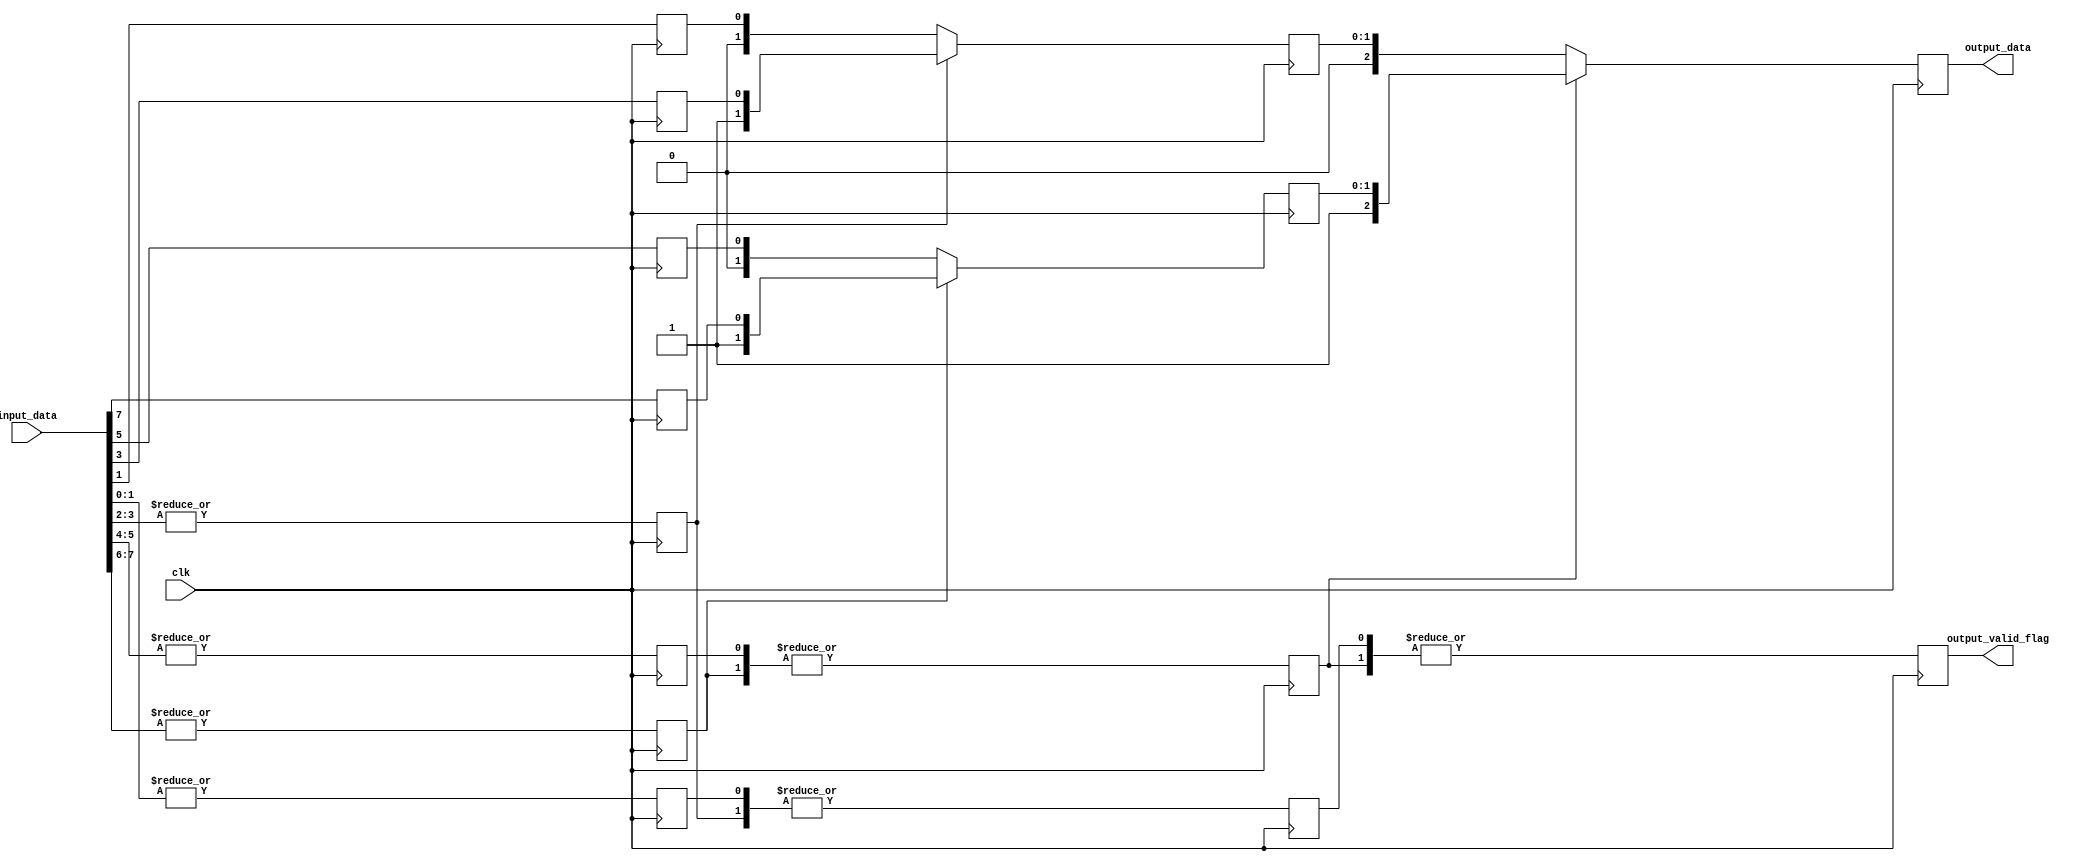
module high_bit_search (
    input clk,
    input wire [INPUT_WIDTH-1:0] input_data,
    output wire output_valid_flag,
    output wire [OUTPUT_WIDTH-1:0] output_data
);

parameter INPUT_WIDTH = 8;

localparam OUTPUT_WIDTH = $clog2(INPUT_WIDTH);
localparam LEVELS = INPUT_WIDTH > 2 ? OUTPUT_WIDTH : 1;
localparam WIDTH_PADDED = 2**LEVELS;

reg [WIDTH_PADDED/2-1:0] valid_pair[LEVELS-1:0];
reg [WIDTH_PADDED/2-1:0] high_value[LEVELS-1:0];

integer i;
initial 
begin
    for (i = 0; i < LEVELS-1; i = i + 1)
        begin
            valid_pair[i] = 0;
            high_value[i] = 0;
        end
end

generate
    genvar curr_level, bit_num;

    for (bit_num = 0; bit_num < WIDTH_PADDED/2; bit_num = bit_num + 1)
    begin : loop_in
        always @(posedge clk )
        begin
            valid_pair[0][bit_num] <= |input_data[bit_num*2+1:bit_num*2];
            high_value[0][bit_num] <= input_data[bit_num*2+1];
        end
    end

    for (curr_level = 1; curr_level < LEVELS; curr_level = curr_level + 1) 
    begin : loop_levels
        for (bit_num = 0; bit_num < WIDTH_PADDED/(2*2**curr_level); bit_num = bit_num + 1) 
        begin : loop_compress
            always @(posedge clk ) 
            begin
                valid_pair[curr_level][bit_num] <= |valid_pair[curr_level-1][bit_num*2+1:bit_num*2];
                high_value[curr_level][(bit_num+1)*(curr_level+1)-1:bit_num*(curr_level+1)] <= valid_pair[curr_level-1][bit_num*2+1] ? 
                                               {1'b1, high_value[curr_level-1][(bit_num*2+2)*curr_level-1:(bit_num*2+1)*curr_level]} : 
                                               {1'b0, high_value[curr_level-1][(bit_num*2+1)*curr_level-1:(bit_num*2+0)*curr_level]};
            end
        end
    end
endgenerate

assign output_valid_flag = valid_pair[LEVELS-1];
assign output_data = high_value[LEVELS-1];

endmodule